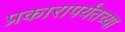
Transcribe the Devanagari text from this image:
प्रकारापर्यंतच्या